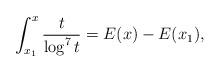
LaTeX: \begin{align*}\int_{x_1}^x \frac{t}{\log^7t} = E(x) - E(x_1), \end{align*}